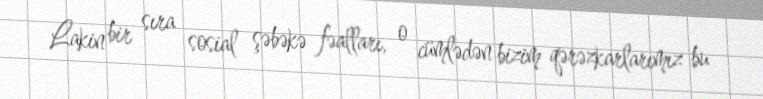
Lakin bir sıra sosial şəbəkə fəalları, o cümlədən bizim qərəzkarlarımız bu